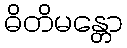
ဓိတိမန္တော